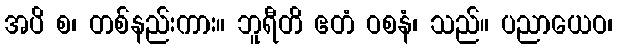
အပိ စ၊ တစ်နည်းကား။ ဘူရီတိ ဧတံ ဝစနံ၊ သည်။ ပညာယေဝ၊